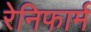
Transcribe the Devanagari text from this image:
रेनिफार्म